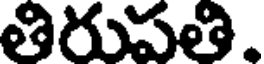
తిరుపతి.